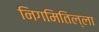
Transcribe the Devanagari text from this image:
निगमितिल्ला